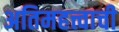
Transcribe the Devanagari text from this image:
अतिमहत्त्वाची